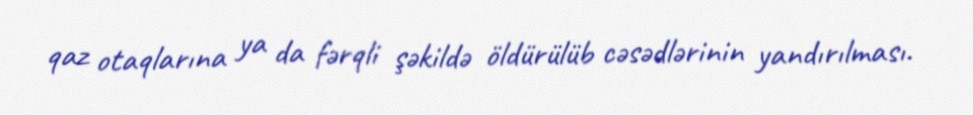
qaz otaqlarına ya da fərqli şəkildə öldürülüb cəsədlərinin yandırılması.